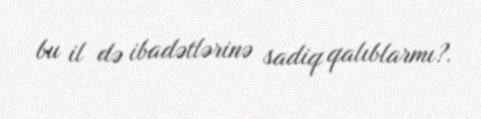
bu il də ibadətlərinə sadiq qalıblarmı?.